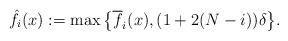
LaTeX: \begin{align*}\hat f_{i}(x):=\max\big\{\overline f_{i}(x),(1+2(N-i))\delta\big\}.\end{align*}